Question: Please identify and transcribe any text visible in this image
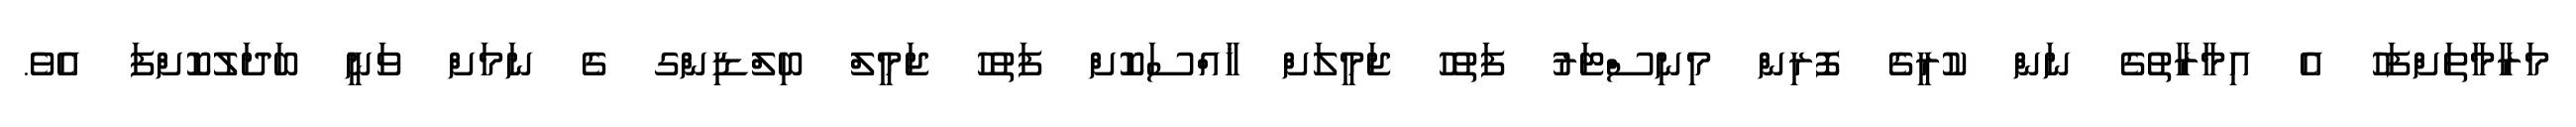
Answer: މަރާމާތަށްފަހު އެ އިމާރާތުގެ ނަން ކުރީގެ ފޮރިން މިނިސްޓަރު ފަތުހު ޖަމީލަށް ޚާއްސަކޮށް ފަތުހު ޖަމީލް ބިލްޑިންގ ގެ ނަމަށް ވަނީ ބަދަލުކޮށްފަ އެވެ.